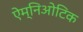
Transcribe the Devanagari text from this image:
ऐम्निओटिक